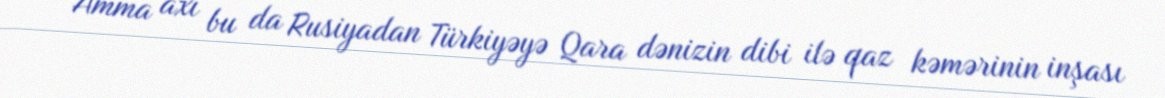
Amma axı bu da Rusiyadan Türkiyəyə Qara dənizin dibi ilə qaz kəmərinin inşası